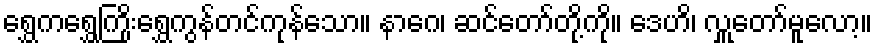
ရွှေကရွှေကြိုးရွှေကွန်တင်ကုန်သော။ နာဂေ၊ ဆင်တော်တို့ကို။ ဒေဟိ၊ လှူတော်မူလော့။